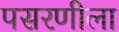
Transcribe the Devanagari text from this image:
पसरणीला